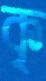
কৃ